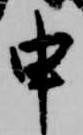
申